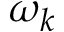
\omega _ { k }